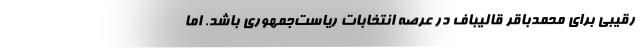
رقیبی برای محمدباقر قالیباف در عرصه انتخابات ریاست‌جمهوری باشد. اما